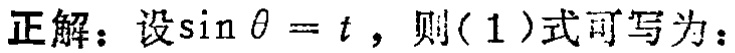
正解：设\(\sin\theta = t\)，则(1)式可写为：